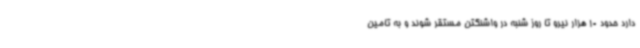
دارد حدود 10 هزار نیرو تا روز شنبه در واشنگتن مستقر شوند و به تامین